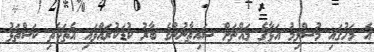
އެ މަހުގައި މުސްލިމު އަޅާގެ މައްޗަށް ޝައިޠާނުންގެ ބާރު ކުޑަކުރައްވައި އެތަކެތި ކަސްތަޅު